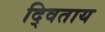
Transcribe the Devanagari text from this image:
द्विताय